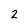
Character: 2